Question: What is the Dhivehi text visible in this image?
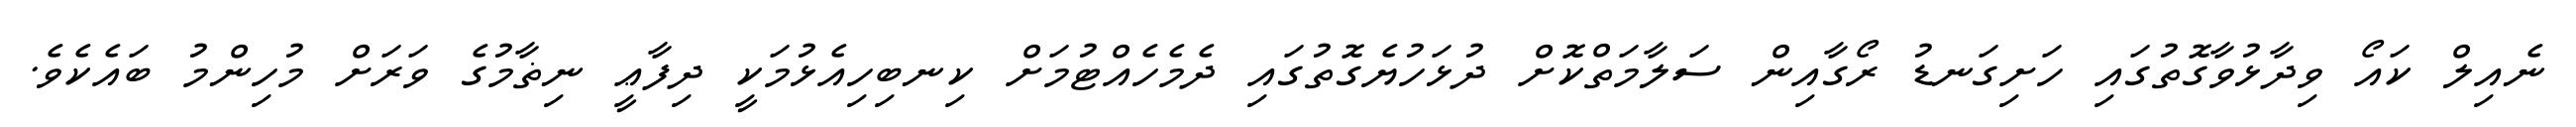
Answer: ނެއިލް ކައޯ ވިދާޅުވާގޮތުގައި ހަށިގަނޑު ރޯގާއިން ސަލާމަތްކޮށް ދުޅަހުޔެގޮތުގައި ދެމެހެއްޓުމަށް ކިނބިހިއެޅުމަކީ ދިފާޢީ ނިޡާމުގެ ވަރަށް މުހިންމު ބައެކެވެ.